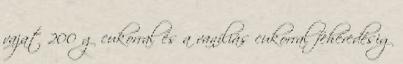
vajat 200 g cukorral és a vaníliás cukorral fehéredésig